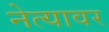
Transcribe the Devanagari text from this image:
नेत्यावर